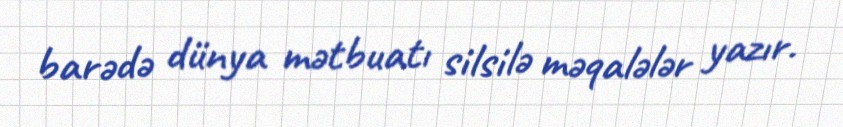
barədə dünya mətbuatı silsilə məqalələr yazır.